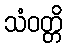
သံဝတ္တိ